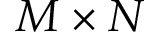
M \times N